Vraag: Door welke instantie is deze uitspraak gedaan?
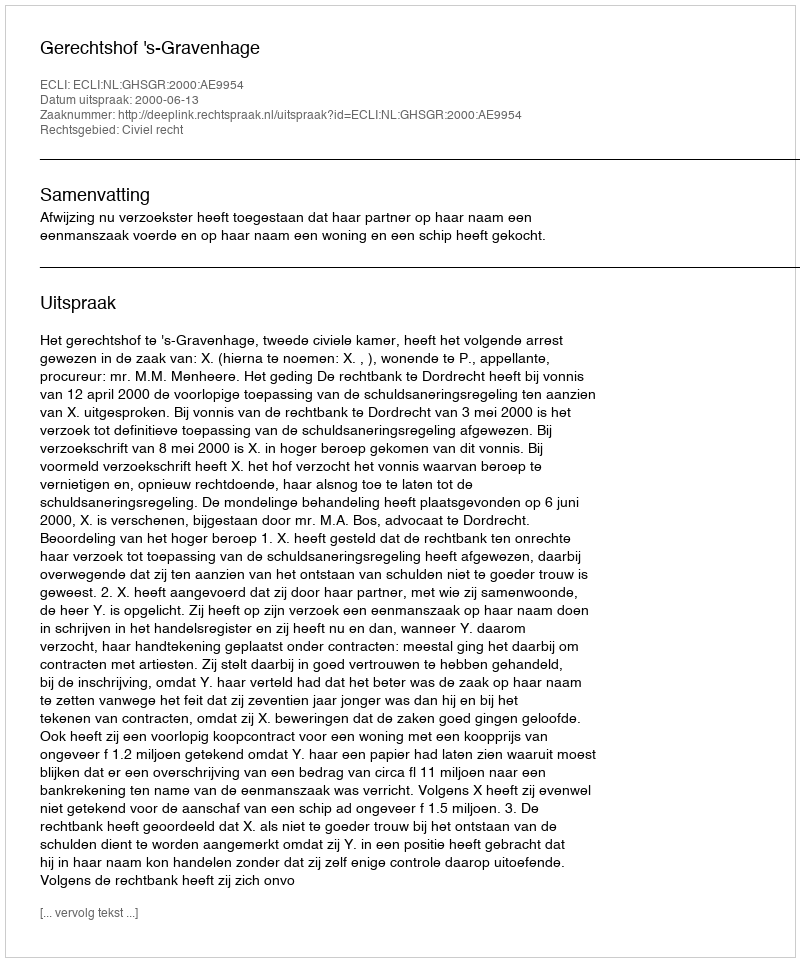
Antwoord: Gerechtshof 's-Gravenhage